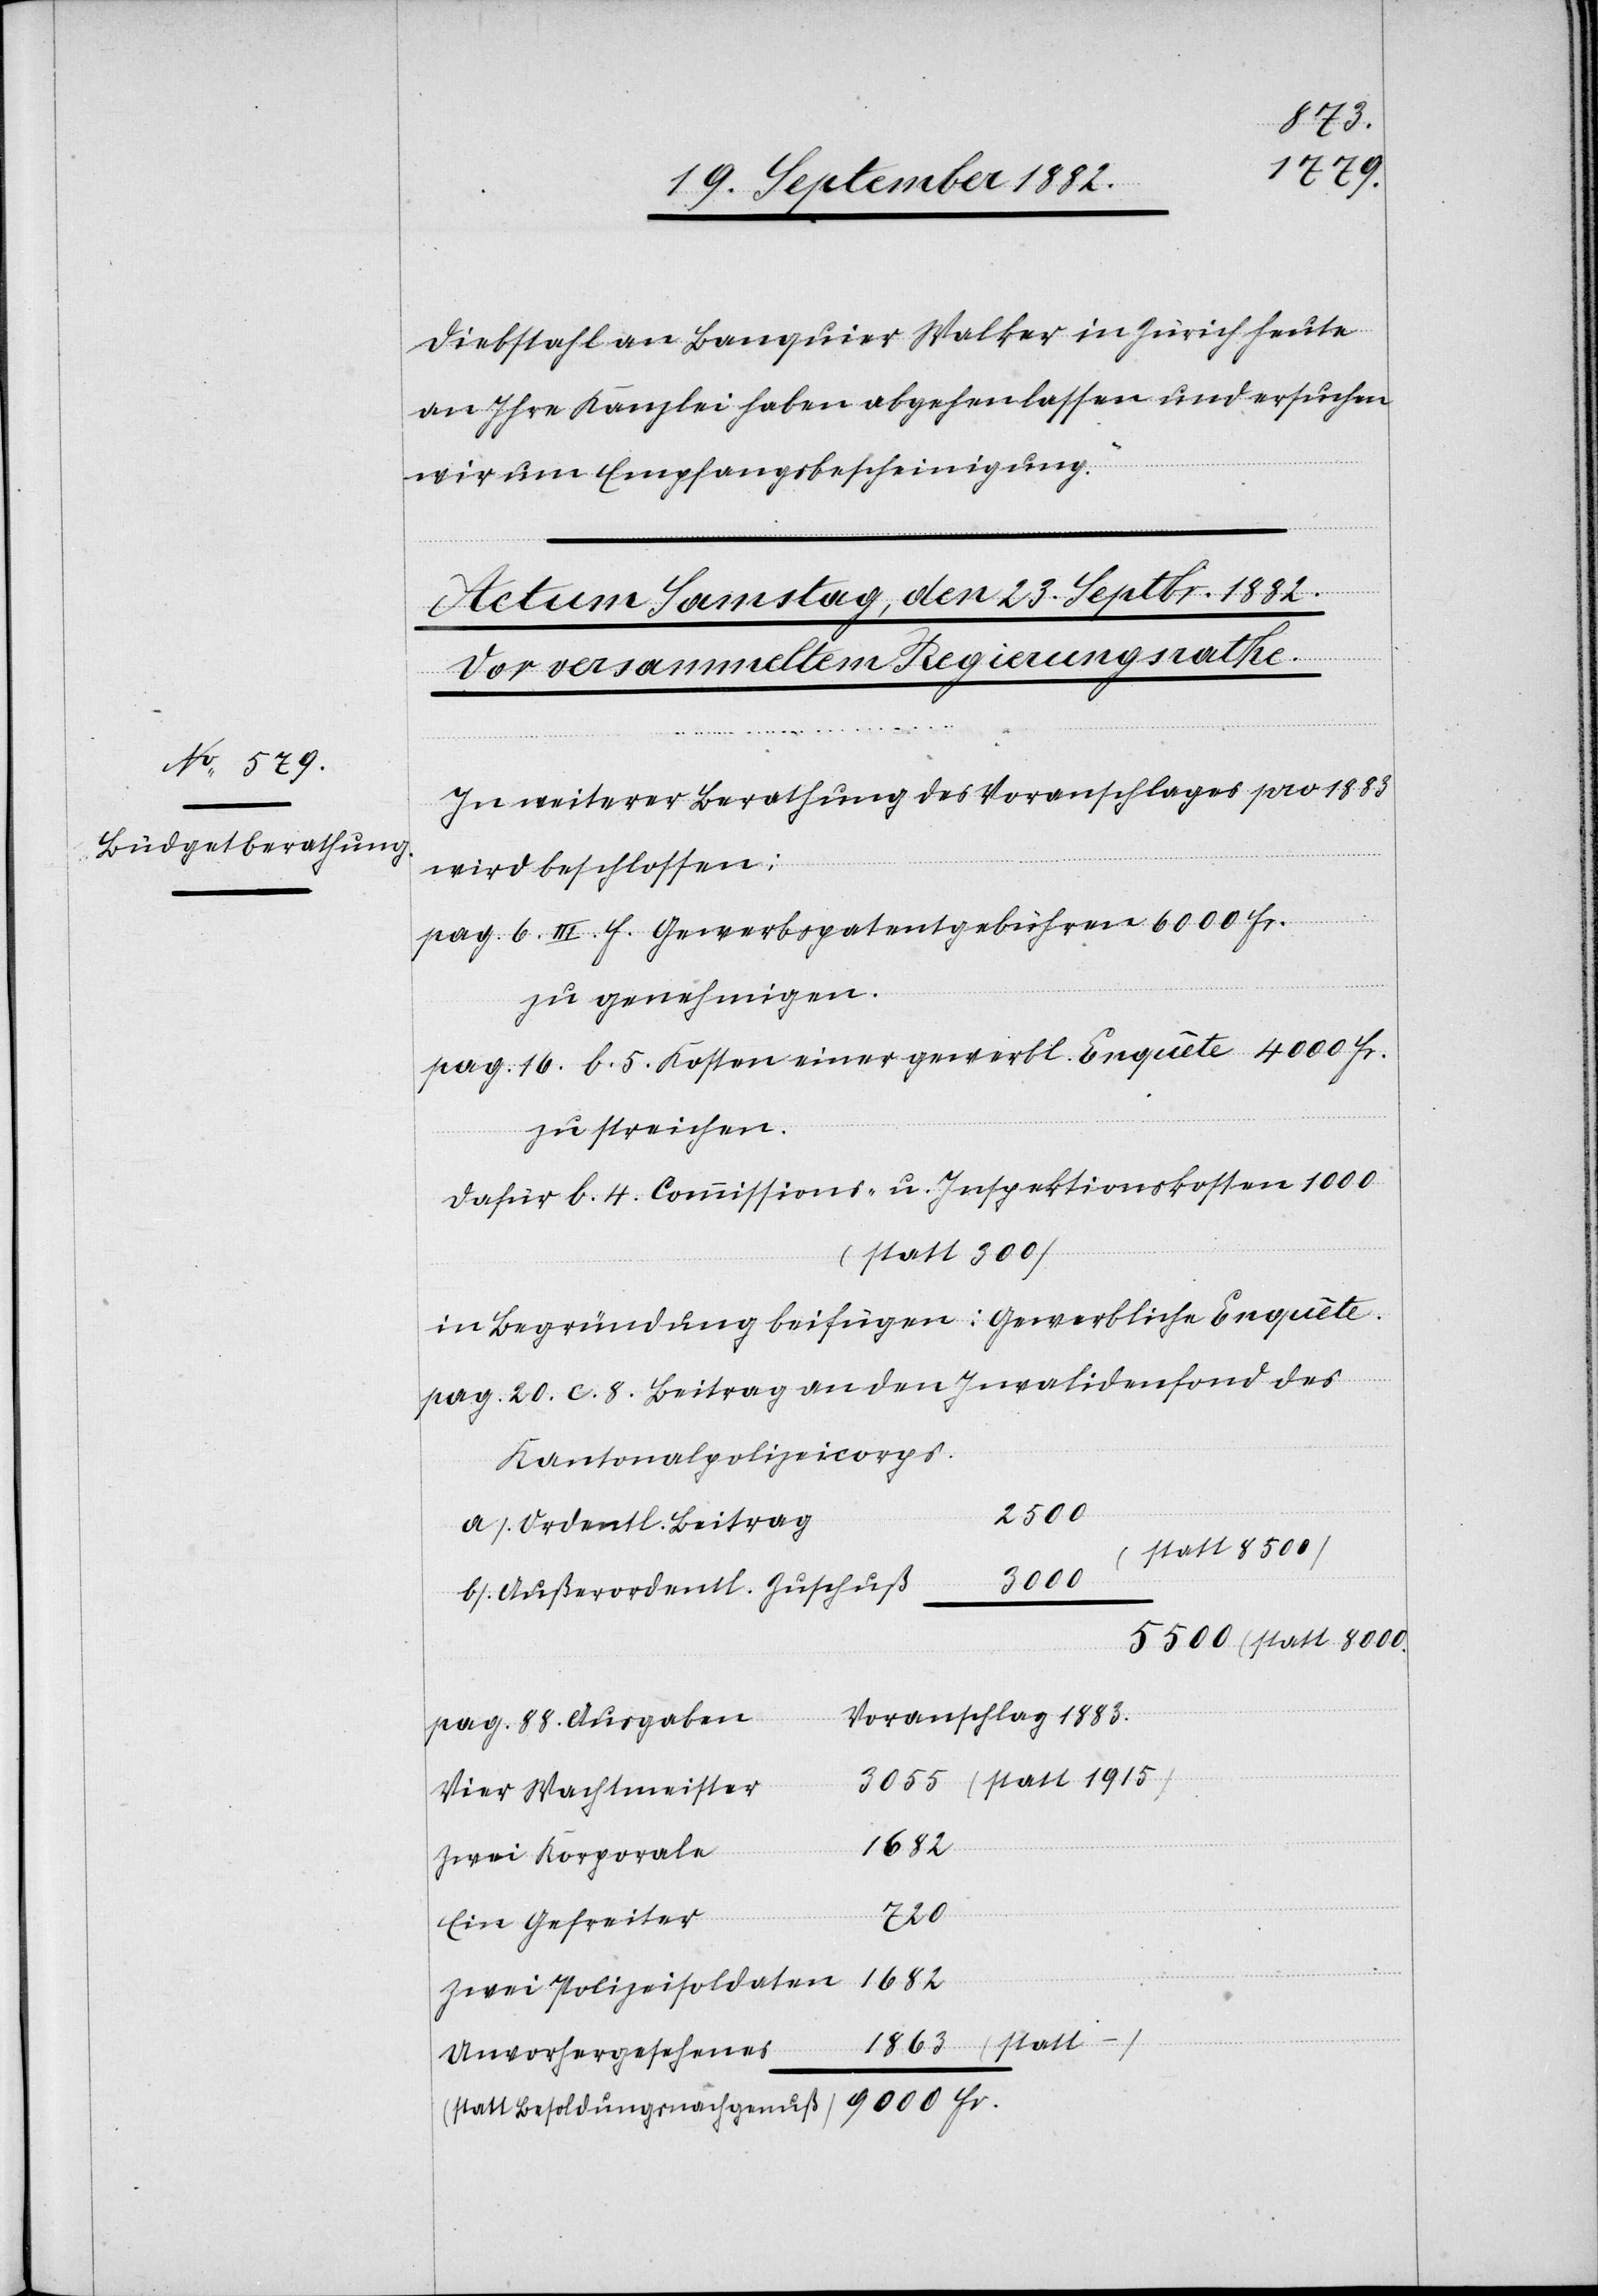
1863
Diebstahl an Banquier Walker in Zürich heute
an Ihre Kanzlei haben abgehen lassen und ersuchen
wir um Empfangsbescheinigung.“
In weiterer Berathung des Voranschlages pro 1883
wird beschlossen:
Fr.
pag. 6 III f. Gewerbspatentgebühren 6000 Fr.
zu genehmigen.
pag.16. b. 5. Kosten einer gewerbl. Enquête 4000 Fr.
zu streichen.
dafür b. 4. Commissions- u. Inspektionskosten 1000
(statt 1915)
in Begründung beifügen: Gewerbliche Enquête.
20. c. 8. Beitrag an den Invalidenfond des
Kantonalpolizeicorps.
5500
a). Ordentl. Beitrag
(statt –)
9000
b). Außerordentl. Zuschuß
Voranschlag 1883.
pag. 88. Ausgaben
Vier Wachtmeister
1682
Zwei Korporale
720
Ein Gefreiter
Besoldungsnachgenuß)
Unvorhergesehenes